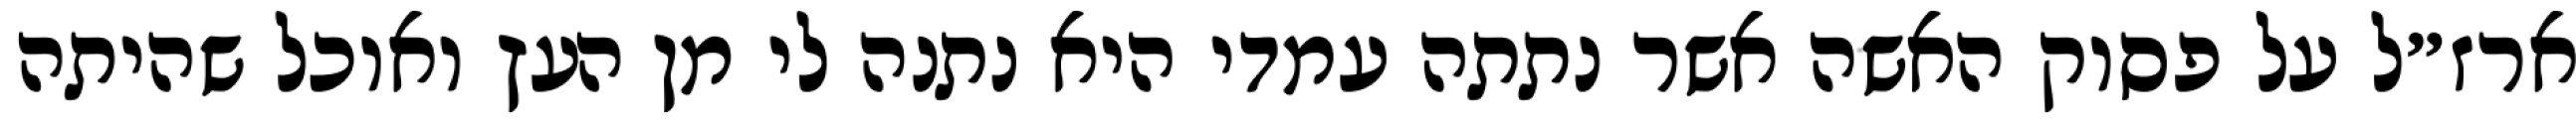
ארז״ל על פסוק האשה אשר נתתה עמדי היא נתנה לי מן העץ ואוכל שהיתה